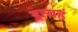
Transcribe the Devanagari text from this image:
इत्यहं